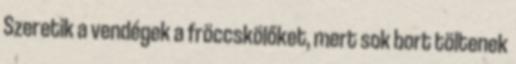
Szeretik a vendégek a fröccskölőket, mert sok bort töltenek